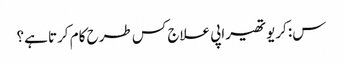
س: کریوتھیراپی علاج کس طرح کام کرتا ہے؟